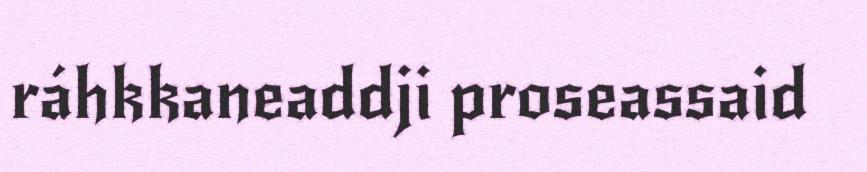
ráhkkaneaddji proseassaid